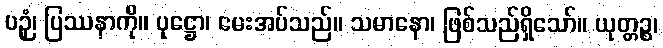
ပဉှံ၊ ပြဿနာကို။ ပုဋ္ဌော၊ မေးအပ်သည်။ သမာနော၊ ဖြစ်သည်ရှိသော်။ ယုတ္တဉ္စ၊